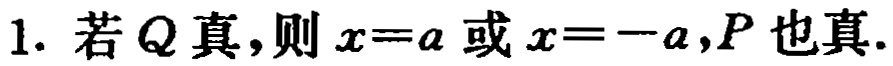
1. 若\(Q\)真，则\(x = a\)或\(x = -a\)，\(P\)也真.